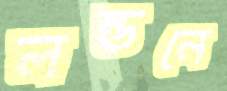
লন্ডনে